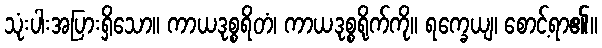
သုံးပါးအပြားရှိသော။ ကာယဒုစ္စရိတံ၊ ကာယဒုစ္စရိုက်ကို။ ရက္ခေယျ၊ စောင့်ရာ၏။